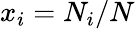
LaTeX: x_{i}=N_{i}/N